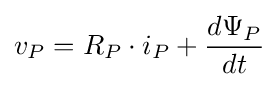
v_{P}=R_{P}\cdot i_{P}+{\frac {d\Psi {_{P}}}{dt}}